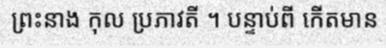
ព្រះនាង កុល ប្រភាវតី ។ បន្ទាប់ពី កើតមាន